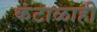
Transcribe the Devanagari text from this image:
कंटाळाही